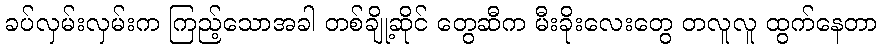
ခပ်လှမ်းလှမ်းက ကြည့်သောအခါ တစ်ချို့ဆိုင် တွေဆီက မီးခိုးလေးတွေ တလူလူ ထွက်နေတာ